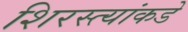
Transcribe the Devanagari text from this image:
शिरस्त्यांकडे